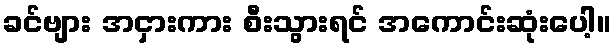
ခင်ဗျား အငှားကား စီးသွားရင် အကောင်းဆုံးပေါ့။